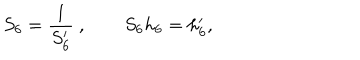
S _ { 6 } = { \frac { 1 } { S _ { 6 } ^ { \prime } } } \ , \qquad S _ { 6 } h _ { 6 } = h _ { 6 } ^ { \prime } ,